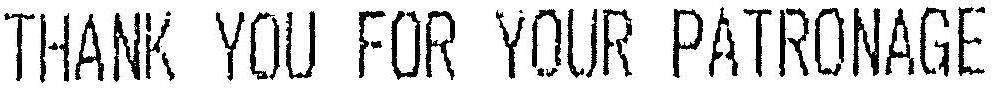
THANK YOU FOR YOUR PATRONAGE